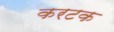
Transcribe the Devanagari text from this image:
करटक